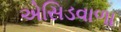
એસિડવાળા